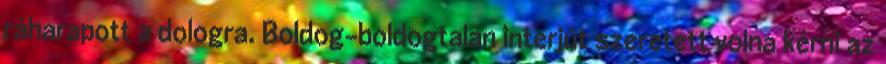
ráharapott a dologra. Boldog-boldogtalan interjút szeretett volna kérni az